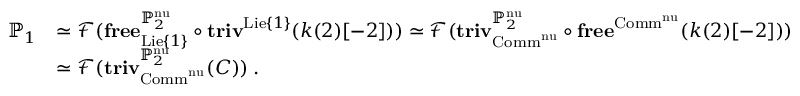
\begin{array} { r l } { \mathbb { P } _ { 1 } } & { \simeq \mathcal { F } ( \mathbf { f r e e } _ { \mathrm { L i e } \{ 1 \} } ^ { \mathbb { P } _ { 2 } ^ { \mathrm { n u } } } \circ \mathbf { t r i v } ^ { \mathrm { L i e } \{ 1 \} } ( k ( 2 ) [ - 2 ] ) ) \simeq \mathcal { F } ( \mathbf { t r i v } _ { \mathrm { C o m m } ^ { \mathrm { n u } } } ^ { \mathbb { P } _ { 2 } ^ { \mathrm { n u } } } \circ \mathbf { f r e e } ^ { \mathrm { C o m m } ^ { \mathrm { n u } } } ( k ( 2 ) [ - 2 ] ) ) } \\ & { \simeq \mathcal { F } ( \mathbf { t r i v } _ { \mathrm { C o m m } ^ { \mathrm { n u } } } ^ { \mathbb { P } _ { 2 } ^ { \mathrm { n u } } } ( C ) ) \: . } \end{array}